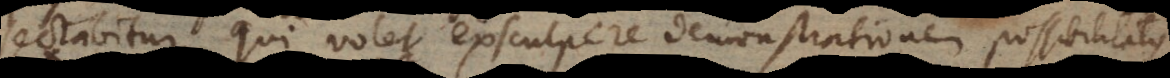
sectabitur qui volet exsculpere demonstrationem possibilitatis